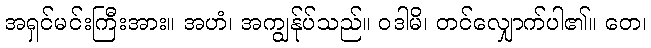
အရှင်မင်းကြီးအား။ အဟံ၊ အကျွန်ုပ်သည်။ ဝဒါမိ၊ တင်လျှောက်ပါ၏။ တေ၊